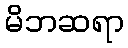
မိဘဆရာ